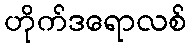
ဟိုက်ဒရောလစ်